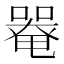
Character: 𡀋